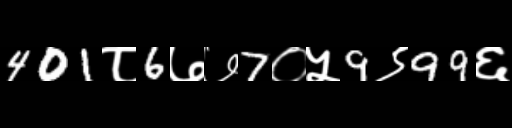
Text: 401८6७७7०५9९99६